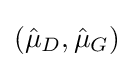
({\hat {\mu }}_{D},{\hat {\mu }}_{G})